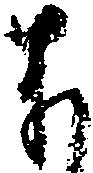
よ